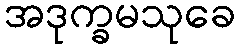
အဒုက္ခမသုခေ